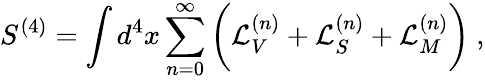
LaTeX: S^{(4)}=\int d^{4}x\sum_{n=0}^{\infty}\bigg({\cal L}_{V}^{(n)}+{\cal L}_{S}^{(n)}+{\cal L}_{M}^{(n)}\bigg)~,